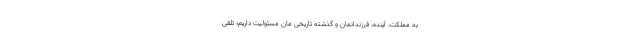
به مملکت، آینده، فرزندانمان و گذشته تاریخی مان مسئولیت داریم؛ تلقی